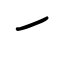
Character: ㇀